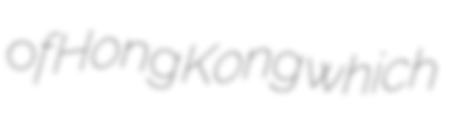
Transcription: of Hong Kong which